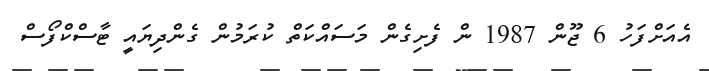
އެއަށްފަހު 6 ޖޫން 1987 ން ފެށިގެން މަސައްކަތް ކުރަމުން ގެންދިޔައީ ޓާސްކްފޯސް